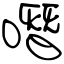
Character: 噆